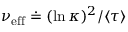
\nu _ { \mathrm { e f f } } \doteq ( \ln \kappa ) ^ { 2 } / \langle \tau \rangle